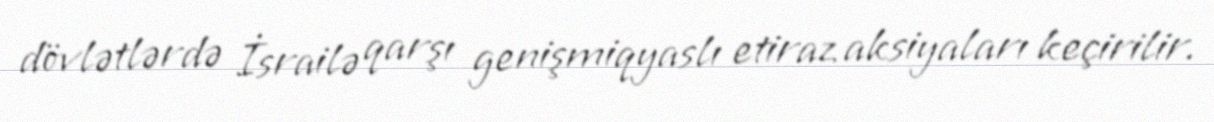
dövlətlərdə İsrailə qarşı genişmiqyaslı etiraz aksiyaları keçirilir.